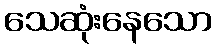
သေဆုံးနေသော